Leaving Certificate Examination (including Day School Certificate (Higher) General paper), 1931
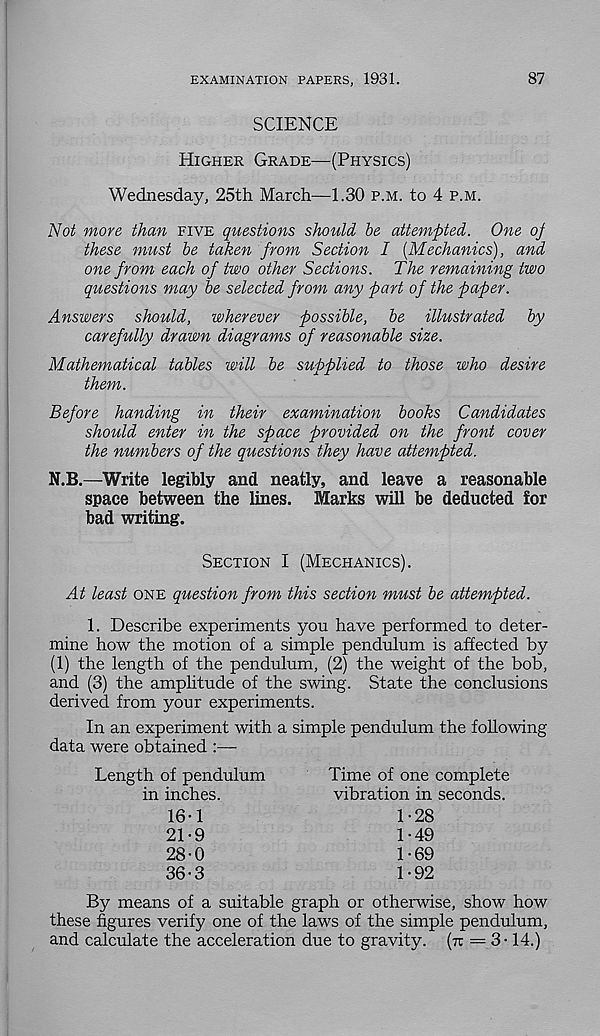
EXAMINATION PAPERS, 1931.
87
SCIENCE
Higher Grade—(Physics)
Wednesday, 25th March—1.30 p.m. to 4 p.m.
Not more than five questions should be attempted. One oj
these must be taken from Section I [Mechanics), and
one from each of two other Sections. The remaining two
questions may be selected from any part of the paper.
Answers should, wherever possible, be illustrated by
carefully drawn diagrams of reasonable size.
Mathematical tables will be supplied to those who desire
them.
Before handing in their examination books Candidates
should enter in the space provided on the front cover
the numbers of the questions they have attempted.
N.B.—Write legibly and neatly, and leave a reasonable
space between the lines. Marks will be deducted for
bad writing.
Section I (Mechanics).
At least one question from this section must be attempted.
1. Describe experiments you have performed to deter-
mine how the motion of a simple pendulum is affected by
(1) the length of the pendulum, (2) the weight of the bob,
and (3) the amplitude of the swing. State the conclusions
derived from your experiments.
In an experiment with a simple pendulum the following
data were obtained :—
Length of pendulum
Time of one complete
vibration in seconds.
1-28
1-49
1-69
1-92
in inches.
16-1
21-9
28-0
36-3
By means of a suitable graph or otherwise, show how
these figures verify one of the laws of the simple pendulum,
and calculate the acceleration due to gravity, (it = 3 -14.)